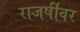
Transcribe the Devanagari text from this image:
राजर्षीवर